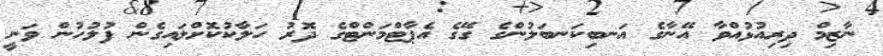
ނާޒިމް ދިރިއުޅުއްވާ އޭނާގެ އަނބިކަނބަލުންގެ ގޭގެ އެޕާޓްމަންޓްގެ ދޮރު ހަލާކުކޮށްލައިގެން ފުލުހުން ވަނީ